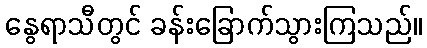
နွေရာသီတွင် ခန်းခြောက်သွားကြသည်။